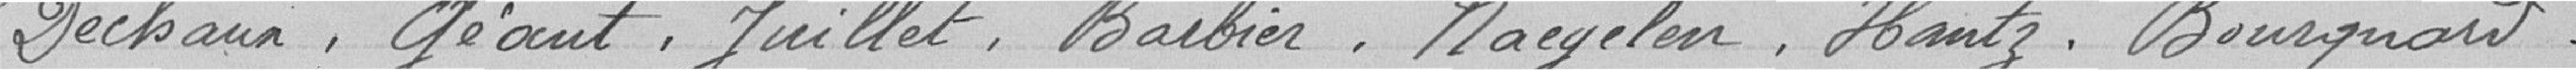
Dechaun, Géant, Juillet, Barbier, Naegelen, Hantz, Bourquant.